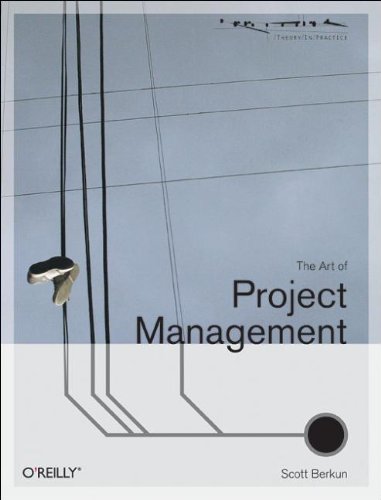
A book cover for The Art of Project Management (Theory in Practice (O'Reilly)); Scott Berkun; Computers & Technology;